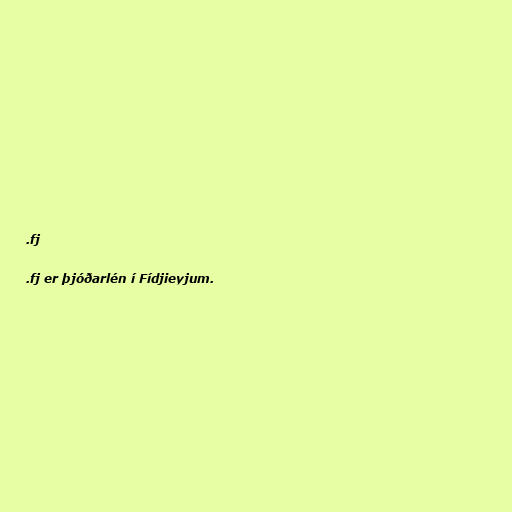
.fj

.fj er þjóðarlén í Fídjieyjum.